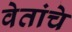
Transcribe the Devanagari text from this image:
वेतांचे